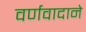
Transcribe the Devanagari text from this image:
वर्णवादाने